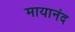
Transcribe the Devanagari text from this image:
मायानंद